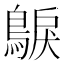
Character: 𮭂